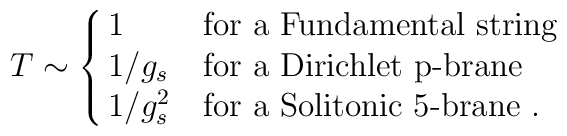
T\sim \cases{1 & {\rm for a Fundamental string}\cr1/ g_s & {\rm for a Dirichlet p-brane}\cr1/g_s^2 & {\rm for a Solitonic 5-brane}\ . }